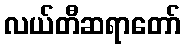
လယ်တီဆရာတော်